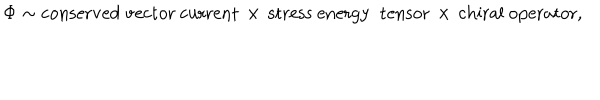
\Phi \sim \mathrm { c o n s e r v e d ~ v e c t o r ~ c u r r e n t } \, \times \, \mathrm { s t r e s s ~ e n e r g y ~ t e n s o r } \, \times \, \mathrm { c h i r a l ~ o p e r a t o r } ,